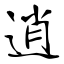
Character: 逍